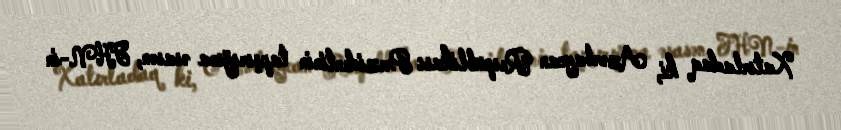
Xatırladaq ki, Azərbaycan Respublikası Prezidentinin tapşırığına əsasən, FHN-in